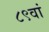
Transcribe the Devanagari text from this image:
८९वां